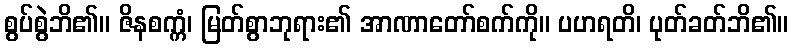
စွပ်စွဲဘိ၏။ ဇိနစက္ကံ၊ မြတ်စွာဘုရား၏ အာဏာတော်စက်ကို။ ပဟရတိ၊ ပုတ်ခတ်ဘိ၏။